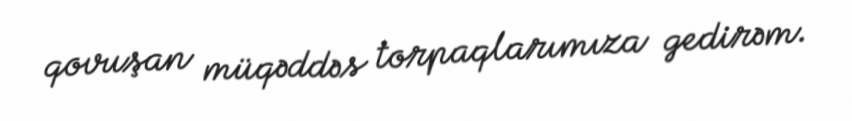
qovuşan müqəddəs torpaqlarımıza gedirəm.